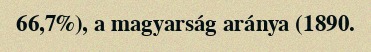
66,7%), a magyarság aránya (1890.